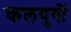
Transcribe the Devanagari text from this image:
कलयुगीं